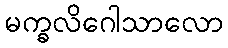
မက္ခလိဂေါသာလော